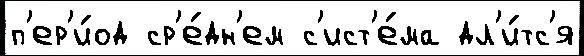
п'ер'и́од ср'е́дн'ем с'ист'е́ма дл'и́тс'я